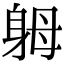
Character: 𨈶